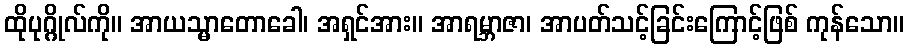
ထိုပုဂ္ဂိုလ်ကို။ အာယသ္မာတောခေါ၊ အရှင်အား။ အာရမ္ဘာဇာ၊ အာပတ်သင့်ခြင်းကြောင့်ဖြစ် ကုန်သော။